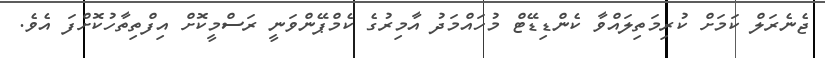
ޖެނެރަލް ކަމަށް ކުރިމަތިލައްވާ ކެންޑިޑޭޓް މުހައްމަދު އާމިރުގެ ކެމްޕޭންވަނީ ރަސްމީކޮށް އިފްތިތާހުކޮށްފަ އެވެ.